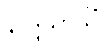
နာဒ္ဒသာသိံ